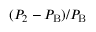
( P _ { 2 } - P _ { \mathrm { { B } } } ) / P _ { \mathrm { { B } } }